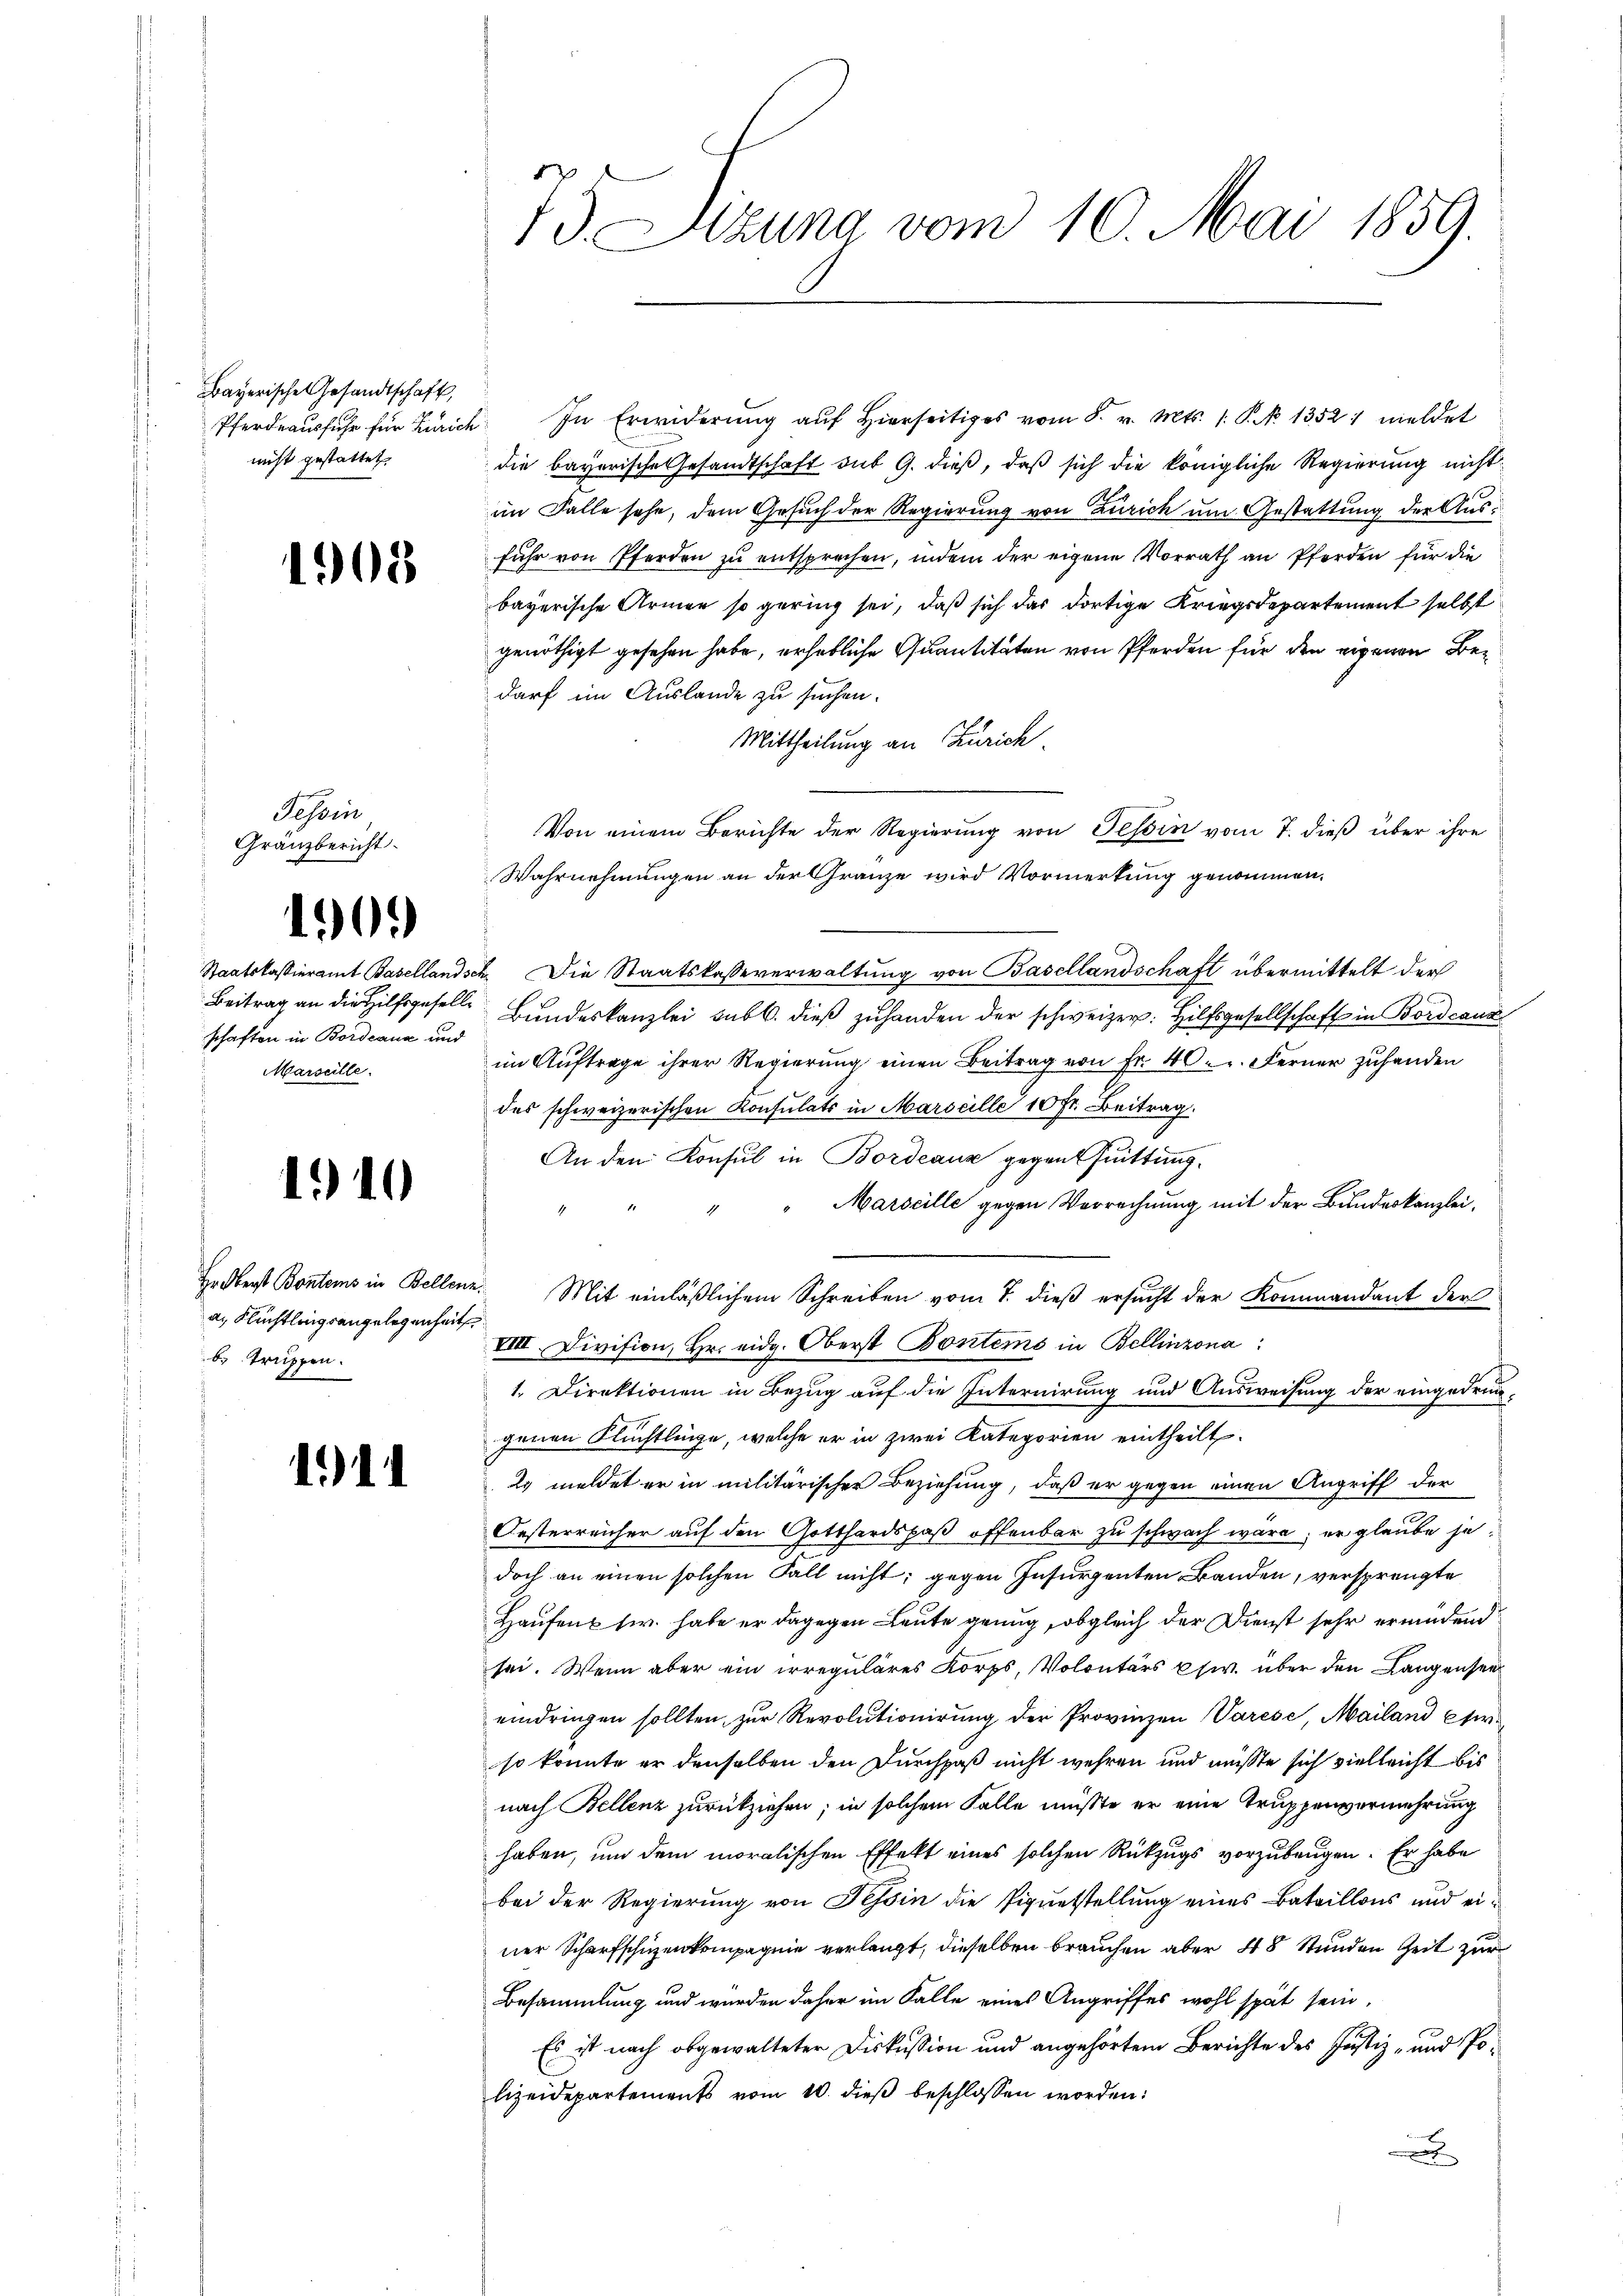
Bayerische Gesandtschaft,
nicht gestattet.

1908

Tessin
Gränzbericht

190.

schaften in Bordeaux und
Marseille.

1910

a. Flüchtlingsangelegenheit
b Truppen.

111

f
13. Sizung vom 10. Mai 1859.

Pferdeausfuhr für Zürich In Erwiderŭng aŭf hierseitiges vom 8. v. Mts. 1. No 1352. meldet
die bayerische Gesandtschaft sub G. dieß, daß sich die königliche Regierung nicht
im Falle sehe, dem Gesuch der Regierung von Zürich um Gestattung der Ausfuhr von Pferden zu entsprechen, indem der eigene Vorrath an Pferden für die
bayerische Armen so gering sei, daß sich das dortige Kriegsdepartement selbst
genöthigt gesehen habe, erhebliche Quantitäten von Pferden für den eigenen Bedarf im Auslande zu suchen.
Mittheilung an Zürich.
Von einem Berichte der Regierung von Tessin vom 7. dieß über ihre
Wahrnehmungen an der Gränze wird Vormerkung genommen.
Staatskassieramt Basellandsch. Die Staatskasseverwaltung von Basellandschaft übermittelt der
Beitrag an die Hilfsgesell- Bŭndeskanzlei subt. dieβ zŭ handen der schweizer: Hilfsgesellschaft in Bordcanz
im Auftrage ihrer Regierung einen Beitrag von Fr. 40. Ferner zuhanden
des schweizerischen Konsulats in Marseille 10 Fr. Beitrag.
An den Konsul in Bordeauz gegen fuittung.
Marseille gegen Verrechnung mit der Bundeskanzlei,
Hodberst Bontems in Bellenz. Mit einläßlichem Schreiben vom 7. dieß ersucht der Kommandant der
VIII. Division, Hr. eidg. Oberst Bontems in Bellinzona
1. Direktionen in Bezug auf die Internirung und Ausweisung der eingedrungenen Flüchtlinge, welche er in zwei Kategorien eintheilt.
2 meldet er in militärischer Beziehung, daß er gegen einen Angriff der
Oesterreicher auf den Gotthardspaß offenbar zu schwach wäre; er glaube jedoch an einen solchen Fall nicht; gegen Insurgenten Banden, versprengte
Haufen fr. habe er dagegen Leute genug, obgleich der Dienst sehr ermüdend
sei. Wenn aber ein irreguläres Korps, Volontärs usw. über den Langensee
eindringen sollten zur Revolutionirung der Provinzen Varese, Mailand Erso konnte er denselben den Durchpaß nicht wehren und müßte sich vielleicht bis
nach Bellenz zurückziehen; in solchem Falle müßte er eine Truppenvermehrung
haben, und dem moralischen Effekt eines solchen Rückzugs vorzubeugen. Er habe
bei der Regierung von Tessin die Piquetstellung eines Bataillons und einer Scharfschuzenkompagnie verlangt, dieselben brauchen aber 48 Stunden Zeit zur
Besammlung und wurden daher im Falle eines Angriffes wohl spät sein,
Es ist nach obgewalteter Diskussion und angehörtem Berichte des Justiz- und Polizeidepartements vom 10. dieβ beschlossen worden:
x